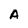
Character: A